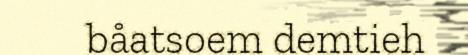
båatsoem demtieh